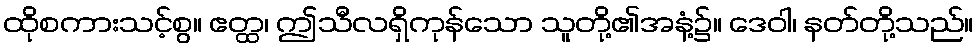
ထိုစကားသင့်စွ။ ဧတ္ထ၊ ဤသီလရှိကုန်သော သူတို့၏အနံ့၌။ ဒေဝါ၊ နတ်တို့သည်။